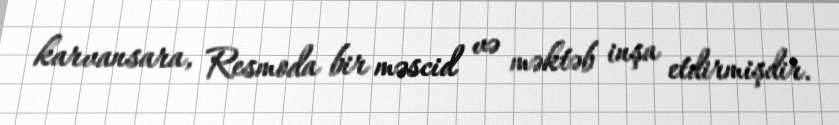
karvansara, Resmoda bir məscid və məktəb inşa etdirmişdir.